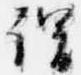
謂